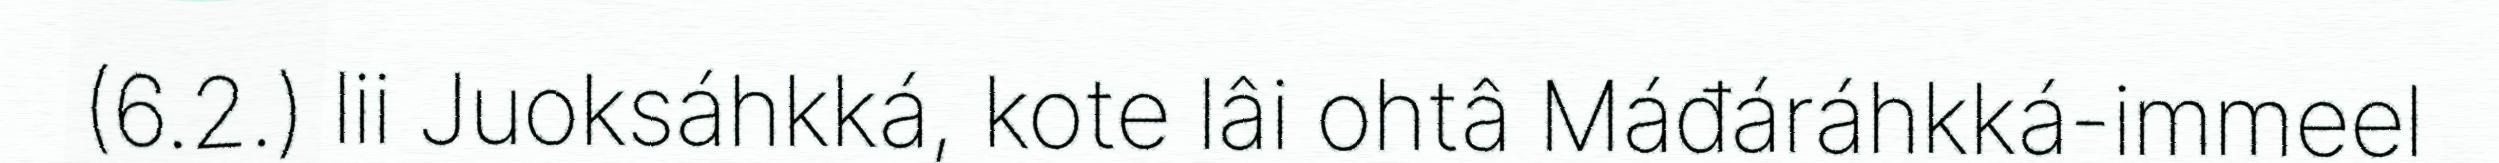
(6.2.) lii Juoksáhkká, kote lâi ohtâ Máđáráhkká-immeel